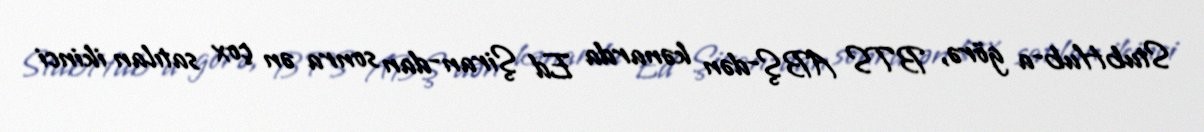
StubHub-a görə, BTS ABŞ-dən kənarda Ed Şiran-dan sonra ən çox satılan ikinci